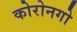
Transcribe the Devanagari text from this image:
कोरोनगो